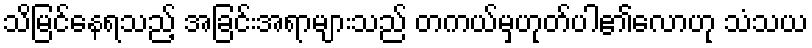
သိမြင်နေရသည့် အခြင်းအရာများသည် တကယ်မှဟုတ်ပါ၏လောဟု သံသယ